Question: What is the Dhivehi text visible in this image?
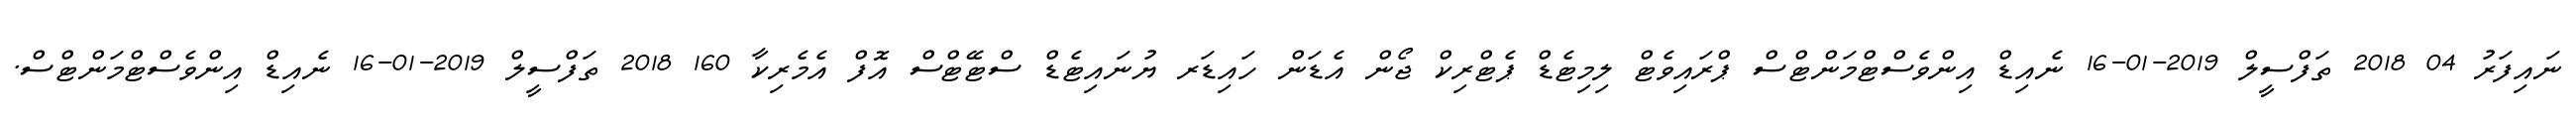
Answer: ނައިފަރު 04 2018 ތަފްސީލް 2019-01-16 ނެއިޑް އިންވެސްޓްމަންޓްސް ޕްރައިވެޓް ލިމިޓެޑް ޕެޓްރިކް ޖޯން އެޑަން ހައިޑަރ ޔުނައިޓެޑް ސްޓޭޓްސް އޮފް އެމެރިކާ 160 2018 ތަފްސީލް 2019-01-16 ނެއިޑް އިންވެސްޓްމަންޓްސް.